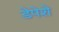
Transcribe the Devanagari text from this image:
डेपेशे